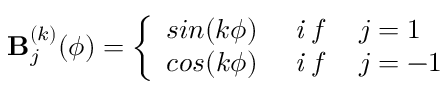
\mathbf { B } _ { j } ^ { ( k ) } ( \phi ) = \left\{ \begin{array} { l l } { s i n ( k \phi ) } & { \textit { i f } \quad j = 1 } \\ { c o s ( k \phi ) } & { \textit { i f } \quad j = - 1 } \end{array} \right.